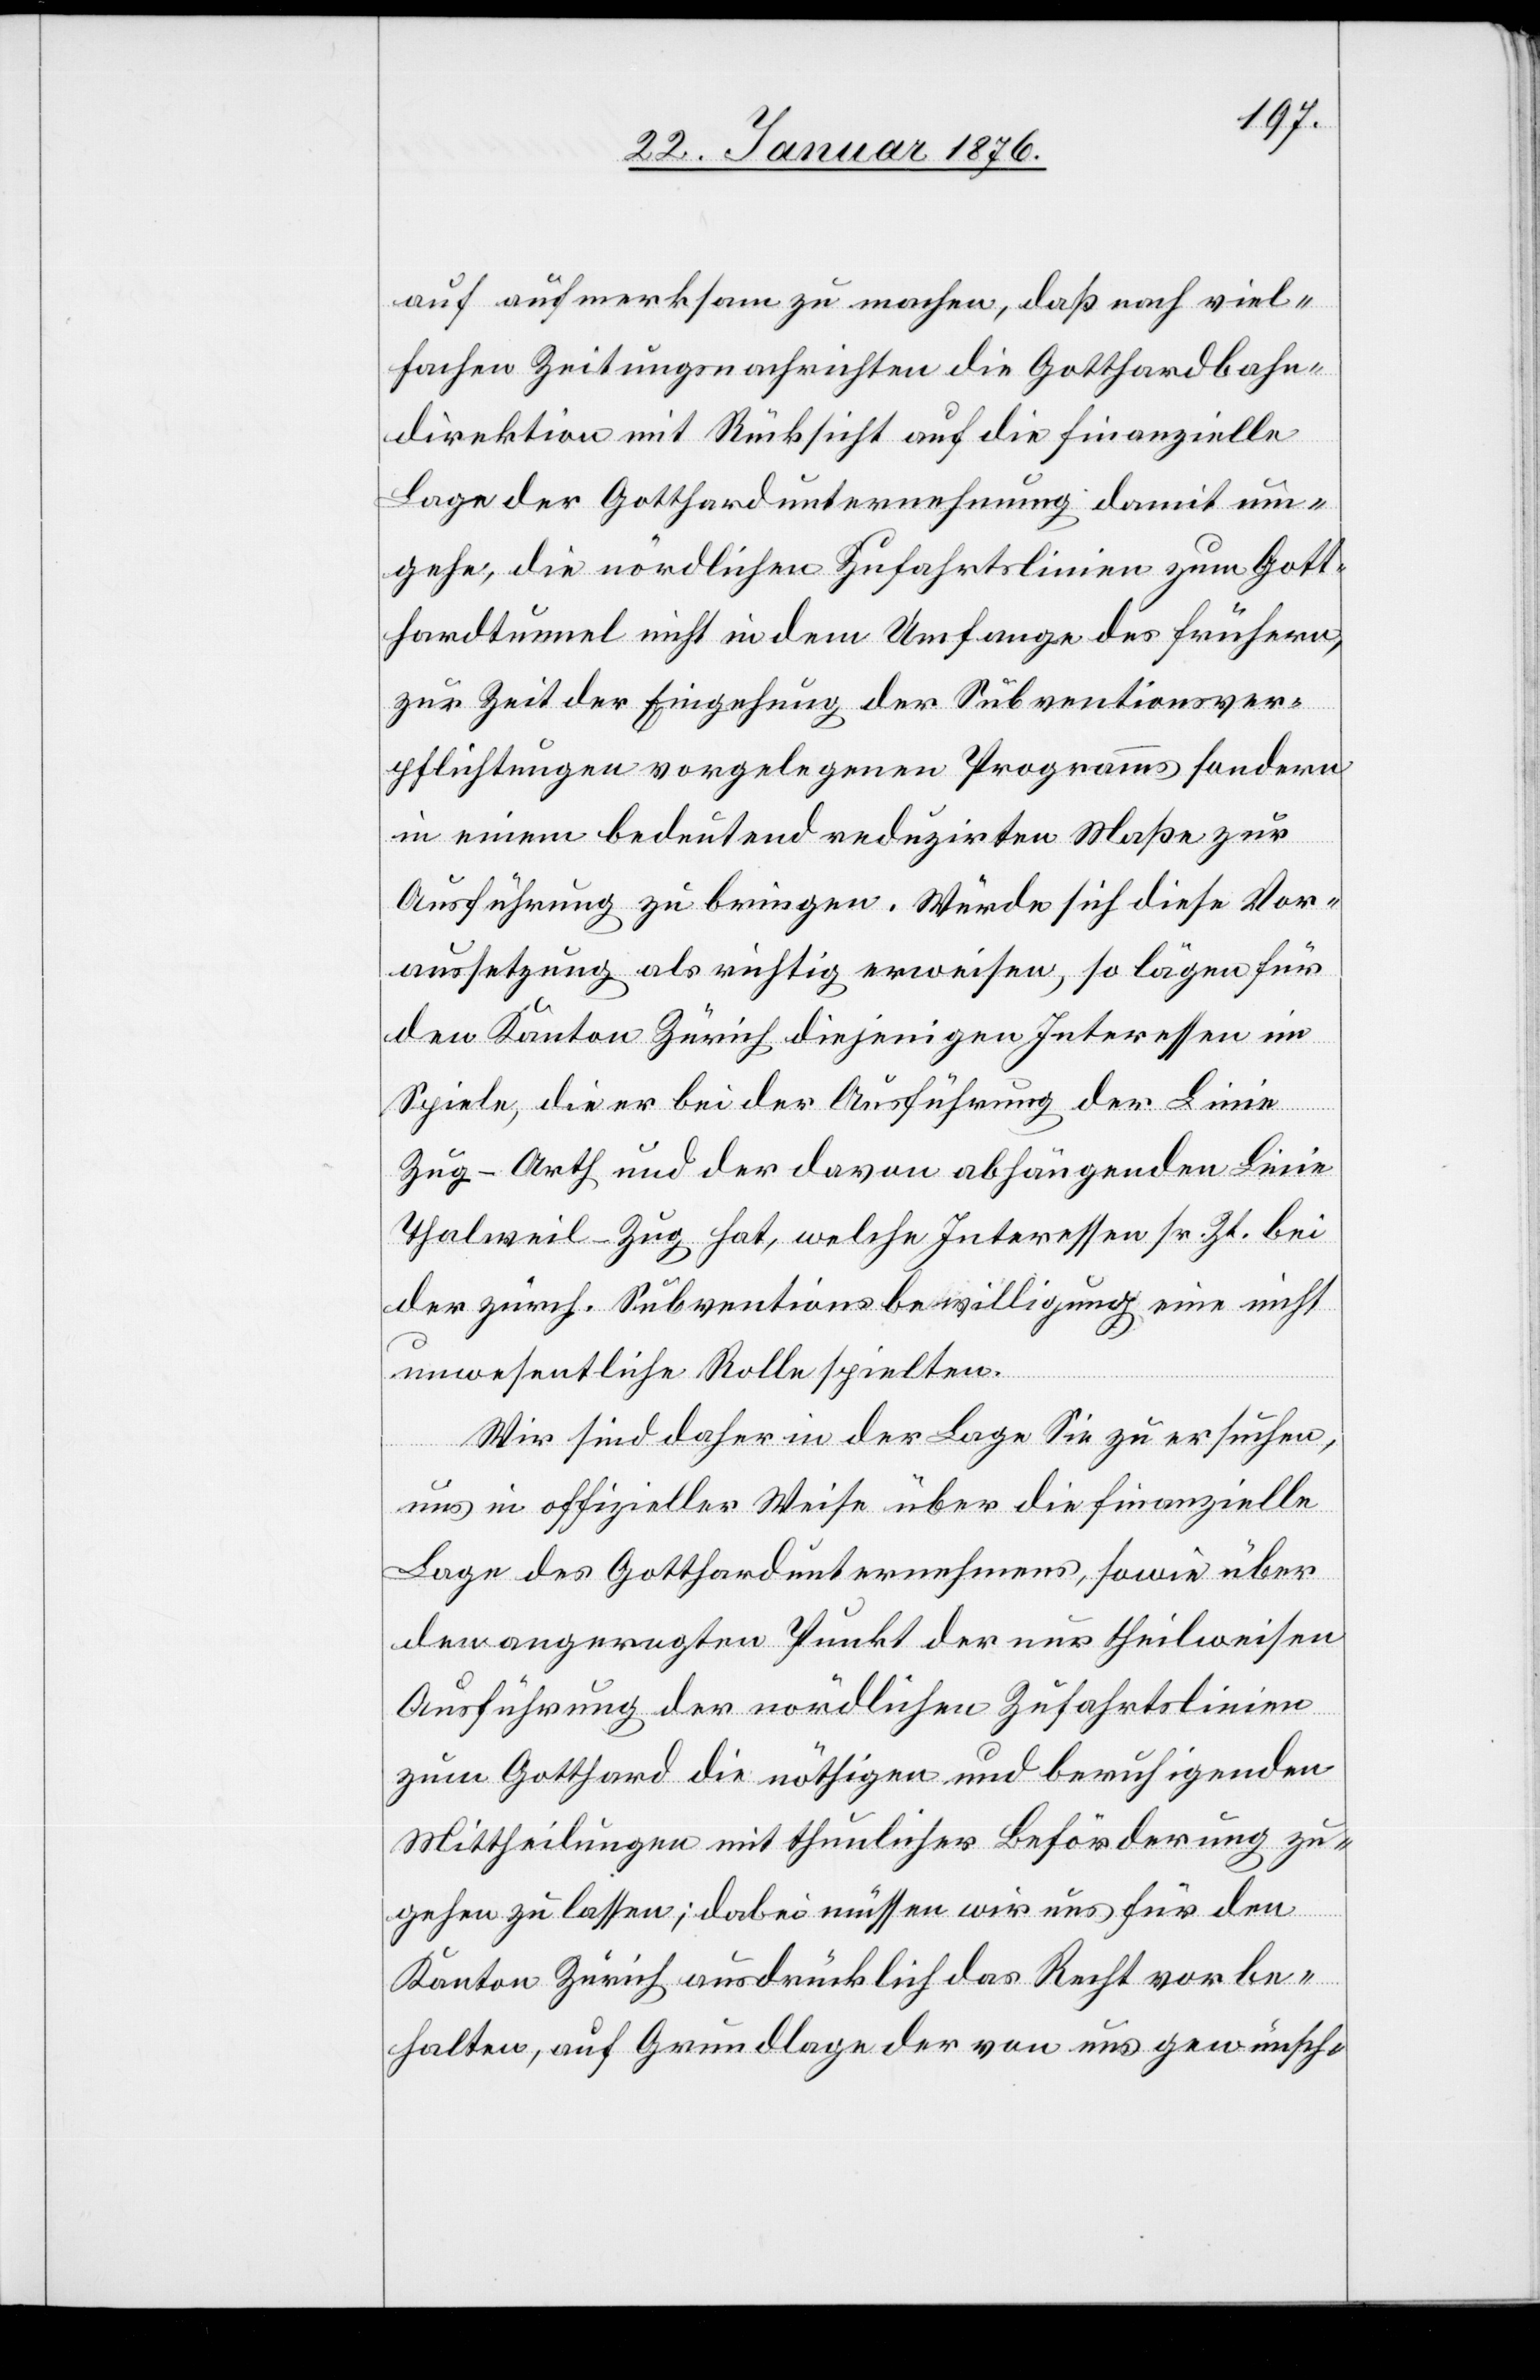
auf aufmerksam zu machen, daß nach viel¬
fachen Zeitungsnachrichten die Gotthardbahn¬
direktion mit Rücksicht auf die finanzielle
Lage der Gotthardunternehmung damit um¬
gehe, die nördlichen Zufahrtslinien zum Gott¬
hardtunnel nicht in dem Umfange des frühern,
zur Zeit der Eingehung der Subventionsver¬
pflichtungen vorgelegenen Programms sondern
in einem bedeutend reduzirten Maße zur
Ausführung zu bringen. Würde sich diese Vor¬
aussetzung als richtig erweisen, so lägen für
den Kanton Zürich diejenigen Interessen im
Spiele, die er bei der Ausführung der Linie
Zug-Arth und der davon abhängenden Linie
Thalweil-Zug hat, welche Interessen sr. Zt. bei
der zürch. Subventionsbewilligung eine nicht
unwesentliche Rolle spielten.
Wir sind daher in der Lage Sie zu ersuchen,
uns in offizieller Weise über die finanzielle
Lage des Gotthardunternehmens, sowie über
den angeregten Punkt der nur theilweisen
Ausführung der nördlichen Zufahrtslinien
zum Gotthard die nöthigen und beruhigenden
Mittheilungen mit thunlicher Beförderung zu¬
gehen zu lassen; dabei müssen wir uns für den
Kanton Zürich ausdrücklich das Recht vorbe¬
halten, auf Grundlage der von uns gewünsch-